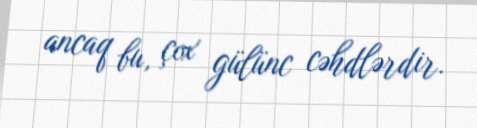
ancaq bu, çox gülünc cəhdlərdir.